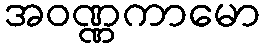
အဝဏ္ဏကာမော